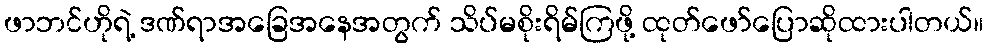
ဖာဘင်ဟိုရဲ့ ဒဏ်ရာအခြေအနေအတွက် သိပ်မစိုးရိမ်ကြဖို့ ထုတ်ဖော်ပြောဆိုထားပါတယ်။